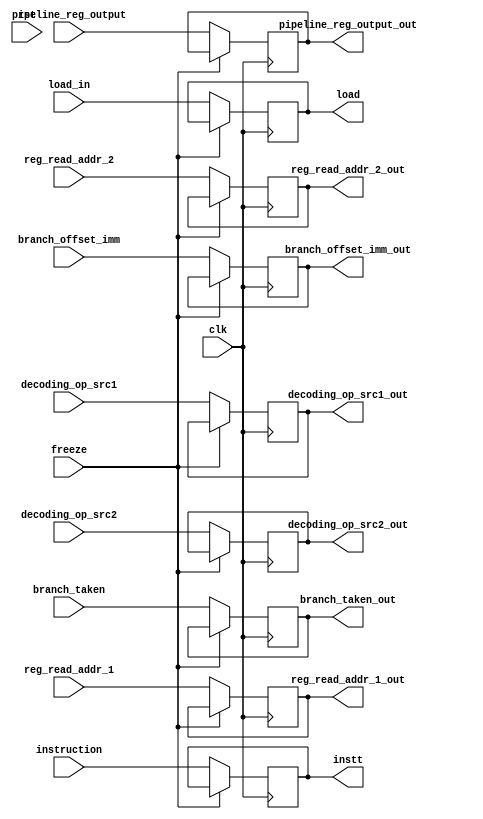
module reg_ID(input clk, rst,
						input [56:0] pipeline_reg_output,
						input [5:0] branch_offset_imm,
						input branch_taken,
						input [2:0] reg_read_addr_1,
						input [2:0] reg_read_addr_2,
						input [2:0] decoding_op_src1,
						input [2:0] decoding_op_src2,
						input load_in,
						
						output reg[56:0] pipeline_reg_output_out,
						output reg[5:0] branch_offset_imm_out,
						output reg branch_taken_out,
						output reg[2:0] reg_read_addr_1_out,
						output reg[2:0] reg_read_addr_2_out,
						output reg[2:0] decoding_op_src1_out,
						output reg[2:0] decoding_op_src2_out,
						output reg load,
						input freeze,
						input[15:0] instruction, //xxxxx
						output reg[15:0] instt //xxxxx
						);

	always@(posedge clk)begin
		if(freeze==1'b0)begin	
			pipeline_reg_output_out	=pipeline_reg_output;
			branch_offset_imm_out	=branch_offset_imm;
			branch_taken_out			=branch_taken;
			reg_read_addr_1_out		=reg_read_addr_1;
			reg_read_addr_2_out		=reg_read_addr_2;
			decoding_op_src1_out		=decoding_op_src1;
			decoding_op_src2_out		=decoding_op_src2;
			load = load_in;
			instt=instruction; //xxxx
		end
	end

endmodule